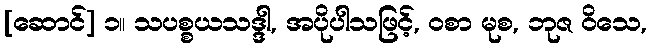
[ဆောင်] ၁။ သပစ္စယသဒ္ဒါ, အပိုပါသဖြင့်, ဝစာ မုစ, ဘုဇ ဝိသေ,